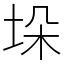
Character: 垛